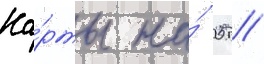
Ка́рты на́ 05 //